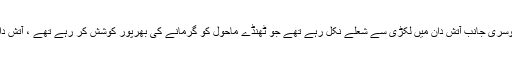
یہ 11جنوری 1993ء کی ایک خاموش صبح تھی ، ایک طرف شدید سردی تھی تو دوسری جانب آتش دان میں لکڑی سے شعلے نکل رہے تھے جو ٹھنڈے ماحول کو گرمانے کی بھرپور کوشش کر رہے تھے ، آتش دان کے قریب ایک بستر تھا جس کے سامنے بالکونی تھی اور اس کے ساتھ ایک لابی۔